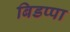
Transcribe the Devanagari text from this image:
बिडप्पा